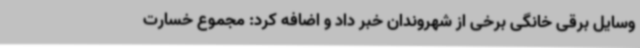
وسایل برقی خانگی برخی از شهروندان خبر داد و اضافه کرد: مجموع خسارت